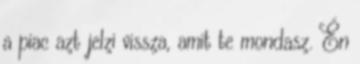
a piac azt jelzi vissza, amit te mondasz. Én